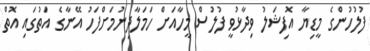
ފުލުހުންގެ މީޑިޔާ އޮފިޝަލު ވިދާޅުވީ ފުލުސް މީހާއަށް ހަމަލާދިނުމަށްފަހު އޭނާގެ އަތުގައި އޮތް